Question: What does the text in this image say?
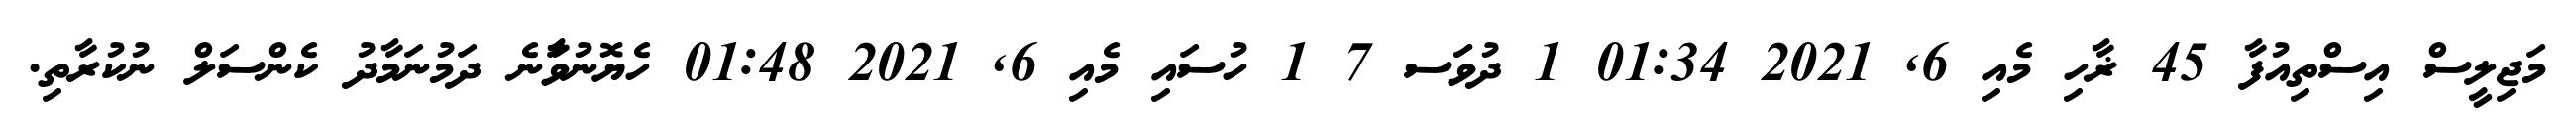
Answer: މަޖިލީސް އިސްތިއުފާ 45 ޜާހި މެއި 6, 2021 01:34 1 ދުވަަސ 7 1 ހުސައި މެއި 6, 2021 01:48 ހެޔޮނުވަާނެ ދަމުނަމާދު ކެންސަލް ނުކުރާތި.